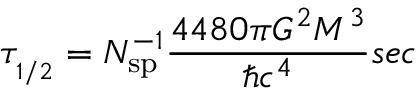
\tau _ { _ { 1 / 2 } } = N _ { \mathrm { s p } } ^ { - 1 } \frac { 4 4 8 0 \pi G ^ { 2 } M ^ { 3 } } { \hbar c ^ { 4 } } s e c